Source: Handwritten
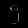
Digit: ၅ (5)